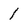
Character: 1